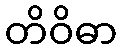
တိဝိဓာ